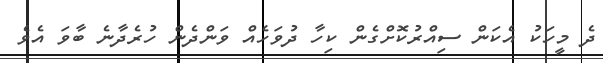
ދެ މީހަކު އެކަން ސިއްރުކޮށްގެން ކިހާ ދުވަހެއް ވަންދެން ހުރެދާނެ ބާވަ އެވެ